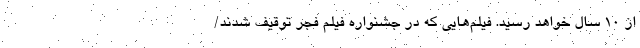
از ۱۰ سال خواهد رسید. فیلم‌هایی که در جشنواره‌ فیلم فجر توقیف شدند/